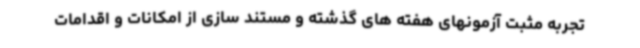
تجربه مثبت آزمونهای هفته های گذشته و مستند سازی از امکانات و اقدامات